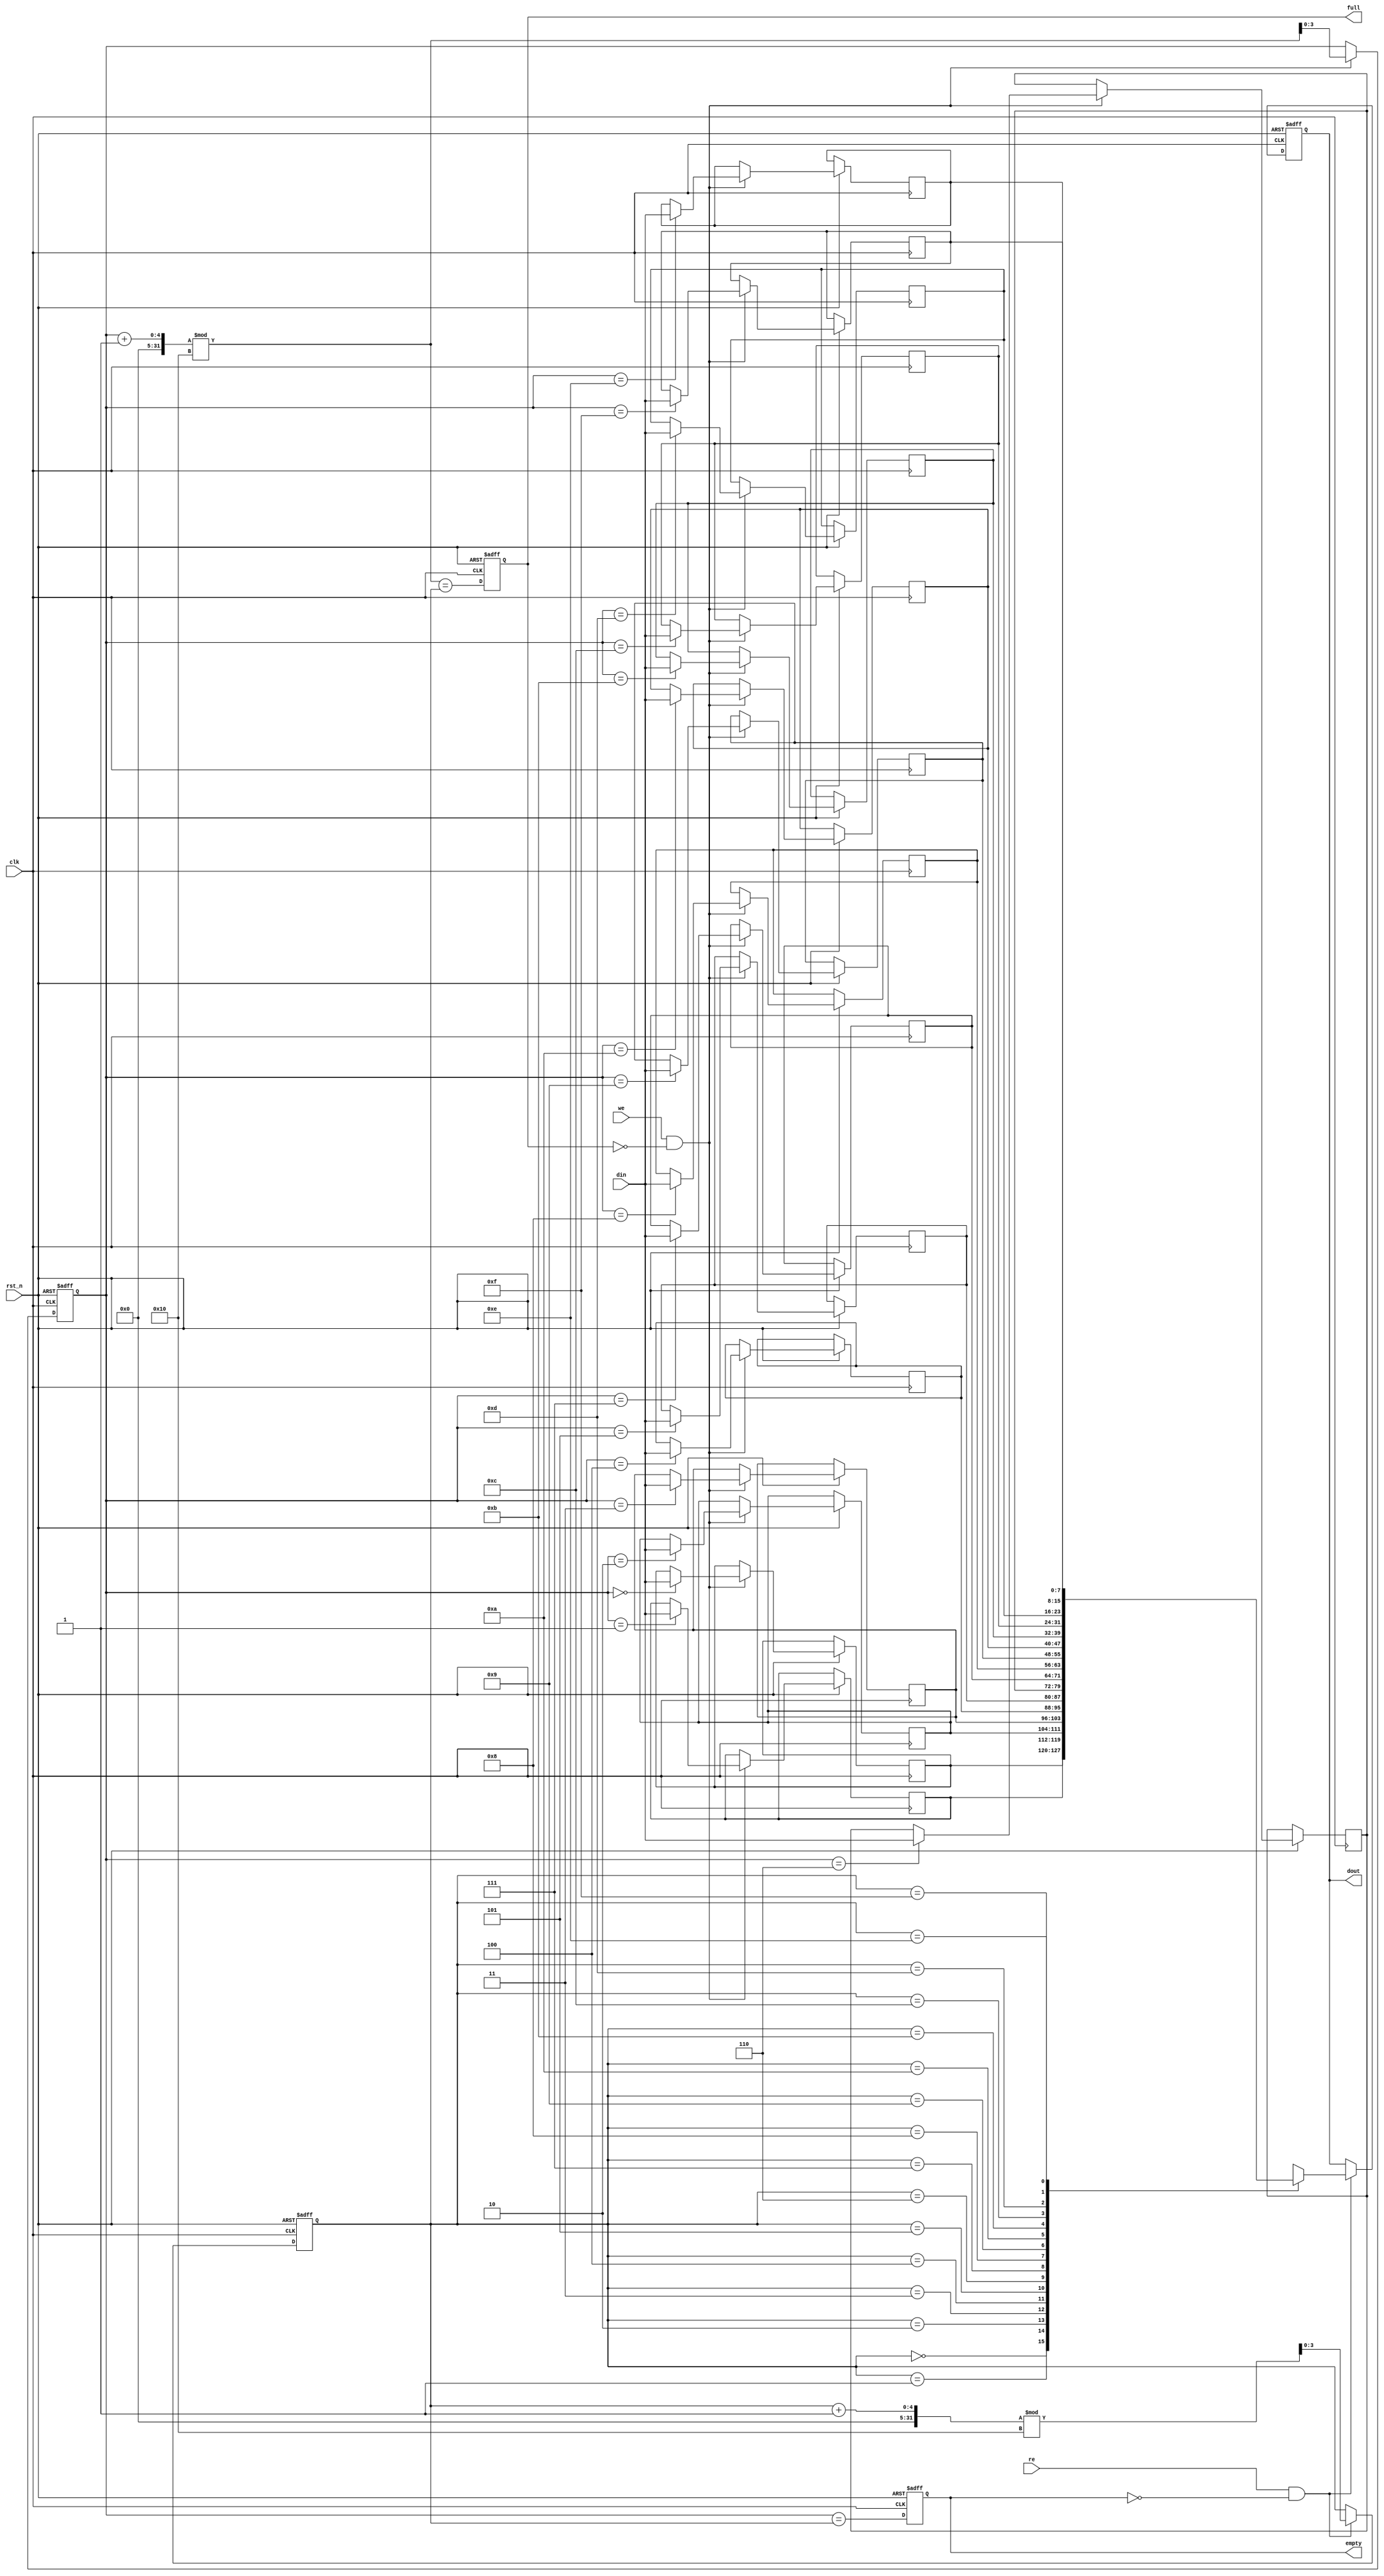
module fifo_sram #(
    parameter DEPTH = 16,  // Number of entries in the FIFO
    parameter WIDTH = 8     // Width of each data entry in bits
)(
    input wire clk,                // Clock signal
    input wire rst_n,              // Asynchronous reset (active low)
    input wire [WIDTH-1:0] din,    // Data input
    input wire we,                 // Write enable
    input wire re,                 // Read enable
    output reg [WIDTH-1:0] dout,   // Data output
    output reg full,               // Full flag
    output reg empty               // Empty flag
);

    // Memory array to store FIFO data
    reg [WIDTH-1:0] mem [0:DEPTH-1];

    // Pointers for read and write operations
    reg [$clog2(DEPTH)-1:0] w_ptr; // Write pointer
    reg [$clog2(DEPTH)-1:0] r_ptr; // Read pointer

    // FIFO status flags
    always @(posedge clk or negedge rst_n) begin
        if (!rst_n) begin
            w_ptr <= 0;
            r_ptr <= 0;
            full <= 0;
            empty <= 1;
            dout <= 0;
        end else begin
            // Write operation
            if (we && !full) begin
                mem[w_ptr] <= din; // Write data to memory
                w_ptr <= (w_ptr + 1) % DEPTH; // Increment write pointer
            end
            
            // Read operation
            if (re && !empty) begin
                dout <= mem[r_ptr]; // Read data from memory
                r_ptr <= (r_ptr + 1) % DEPTH; // Increment read pointer
            end
            
            // Update full and empty flags
            full <= (w_ptr + 1) % DEPTH == r_ptr; // Full condition
            empty <= (w_ptr == r_ptr); // Empty condition
        end
    end

endmodule